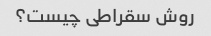
روش سقراطی چیست؟